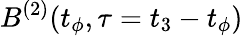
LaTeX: B^{(2)}(t_{\phi},\tau=t_{3}-t_{\phi})